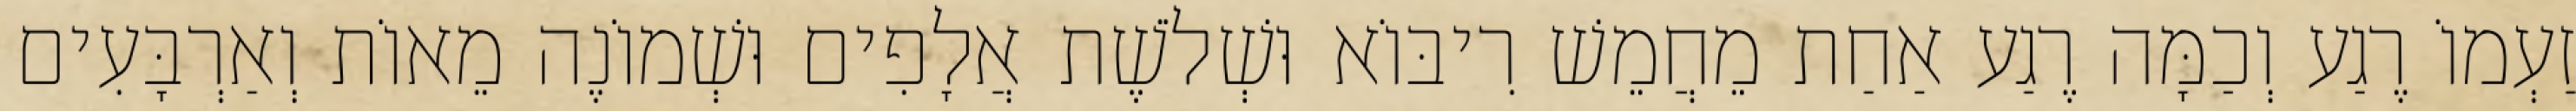
זַעְמוֹ רֶגַע וְכַמָּה רֶגַע אַחַת מֵחֲמֵשׁ רִיבּוֹא וּשְׁלֹשֶׁת אֲלָפִים וּשְׁמוֹנֶה מֵאוֹת וְאַרְבָּעִים